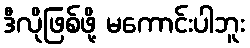
ဒီလိုဖြစ်ဖို့ မကောင်းပါဘူး